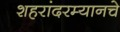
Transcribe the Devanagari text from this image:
शहरांदरम्यानचे